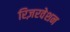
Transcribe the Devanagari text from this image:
रिज़रवेशन